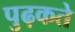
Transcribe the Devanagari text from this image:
पुढ़कते